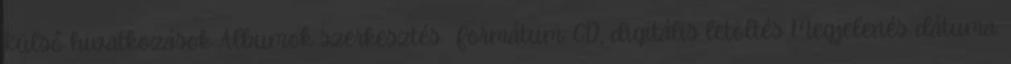
Külső hivatkozások Albumok szerkesztés Formátum: CD, digitális letöltés Megjelenés dátuma: